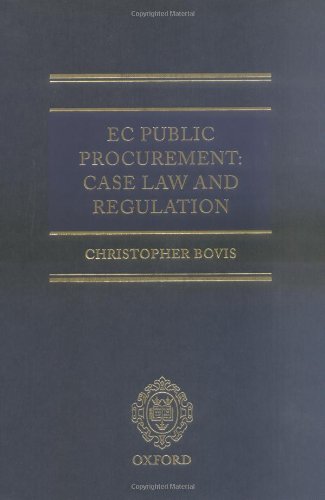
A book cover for EC Public Procurement: Case Law and Regulation; Christopher Bovis; Law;